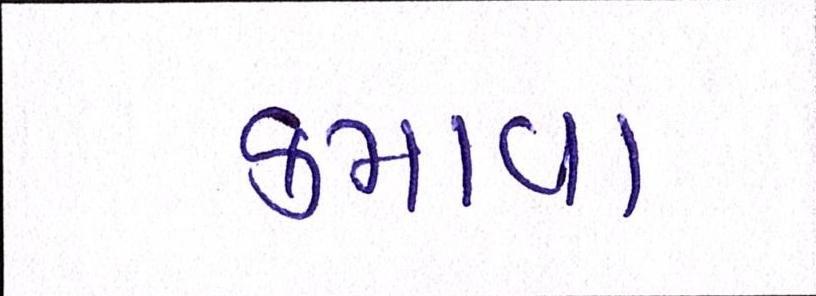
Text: કમાવા